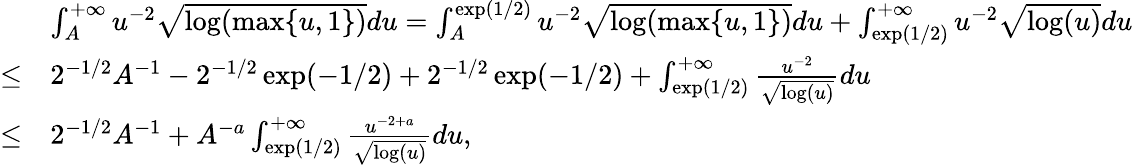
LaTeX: \begin{array}{rl}&{\int_{A}^{+\infty}u^{-2}\sqrt{\log(\operatorname*{max}\{ u,1\} )}du=\int_{A}^{\exp(1/2)}u^{-2}\sqrt{\log(\operatorname*{max}\{ u,1\} )}du+\int_{\exp(1/2)}^{+\infty}u^{-2}\sqrt{\log(u)}du}\\ {\leq}&{2^{-1/2}A^{-1}-2^{-1/2}\exp(-1/2)+2^{-1/2}\exp(-1/2)+\int_{\exp(1/2)}^{+\infty}\frac{u^{-2}}{\sqrt{\log(u)}}du}\\ {\leq}&{2^{-1/2}A^{-1}+A^{-a}\int_{\exp(1/2)}^{+\infty}\frac{u^{-2+a}}{\sqrt{\log(u)}}du,}\end{array}